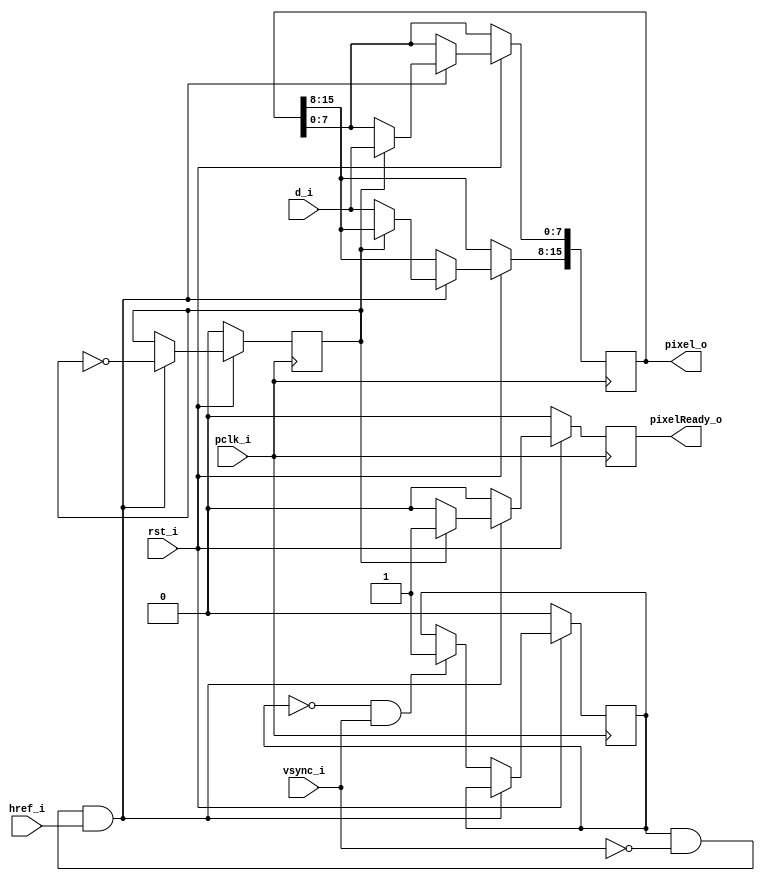
module RGB656Receive (d_i, vsync_i, href_i, pclk_i, rst_i, pixelReady_o, pixel_o);
                     
   input       [7:0] d_i;        // D0 - D7
   input       vsync_i;          // VSYNC
   input       href_i;           // HREF
   input       pclk_i;           // PCLK
   input       rst_i;            // 0 - Reset.
   output reg  pixelReady_o;     // Indicates that a pixel has been received.
   output reg  [15:0] pixel_o;   // RGB565 pixel.
   
   
   reg         odd = 0;
   reg         frameValid = 0;

   always @(posedge pclk_i) begin
      pixelReady_o <= 0;
      if (rst_i == 0) begin
         odd <= 0;
         frameValid <= 0;
      end else begin
         if (frameValid == 1 && vsync_i == 0 && href_i == 1) begin
            if (odd == 0) begin    
               pixel_o[15:8] <= d_i;
            end else begin
               pixel_o[7:0] <= d_i;
               pixelReady_o <= 1;   
            end
            odd <= ~odd;
         // skip inital frame in case we started receiving in the middle of it
         end else if (frameValid == 0 && vsync_i == 1) begin
            frameValid <= 1;            
         end
      end
   end
   
endmodule